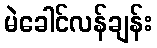
မဲခေါင်လန်ချန်း